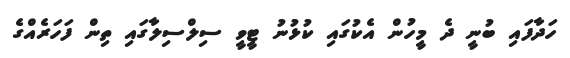
ހަދާފައި ބުނީ ދެ މީހުން އެކުގައި ކުޅުނު ޓީވީ ސިލްސިލާގައި ތިން ފަހަރެއްގެ